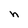
Character: h